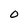
Character: O